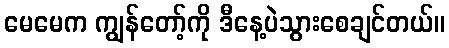
မေမေက ကျွန်တော့်ကို ဒီနေ့ပဲသွားစေချင်တယ်။